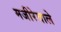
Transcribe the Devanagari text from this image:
मजीरेवाले